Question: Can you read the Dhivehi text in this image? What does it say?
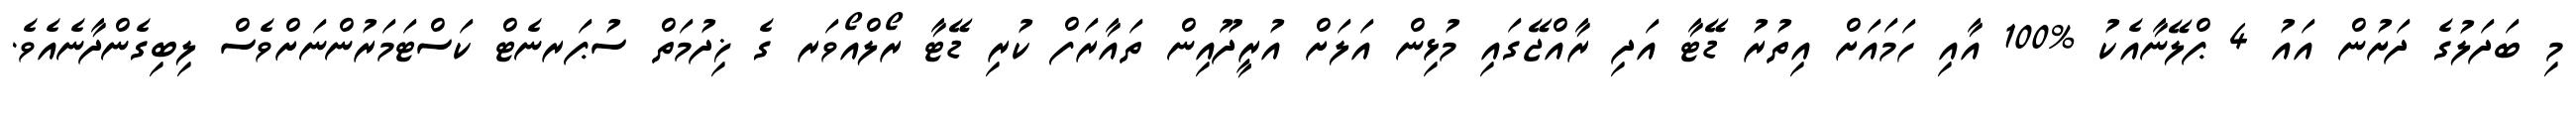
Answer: މި ބަދަލުގެ ދަށުން އައު 4 ޕްލޭނާއެކު %100 އާއި ހަމައަށް އިތުރު ޑޭޓާ އަދި ރާއްޖޭގައި މުޅިން އަލަށް އުރީދޫއިން ތައާރަފް ކުރި ޑޭޓާ ރޯލްއޯވަރ ގެ ޚިދުމަތް ސުޕަރނެޓް ކަސްޓަމަރުންނަށްވެސް ލިބިގެންދާނެއެވެ.